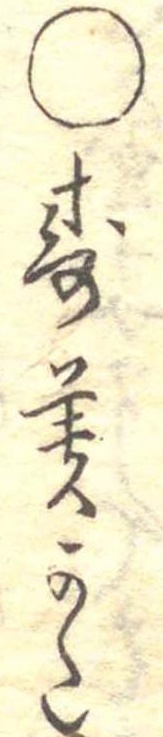
○寿美かた